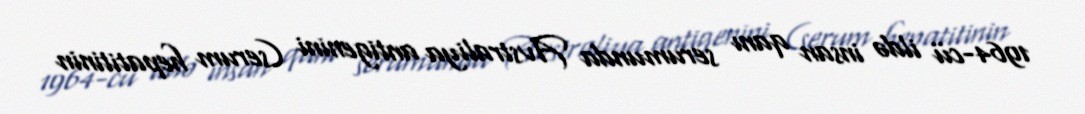
1964-cü ildə insan qanı serumunda Avstraliya antigenini (serum hepatitinin